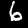
Digit: 6